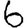
Digit: 6